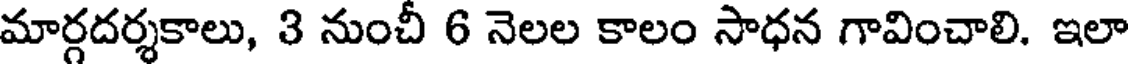
మార్గదర్శకాలు, 3 నుంచీ 6 నెలల కాలం సాధన గావించాలి. ఇలా